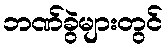
ဘဏ်ခွဲများတွင်